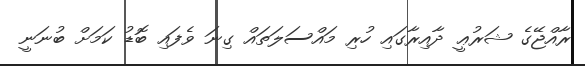
ރާއްޖޭގެ ޝަރުޢީ ދާއިރާގައި ހުރި މައްސަލަތައް ގިނަ ވެފައި ބޮޑު ކަމަށް ބުނަނީ